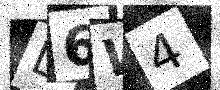
Text: L6W4